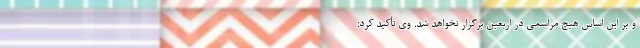
و بر این اساس هیچ مراسمی در اربعین برگزار نخواهد شد. وی تأکید کرد: